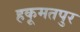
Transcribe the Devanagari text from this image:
हकूमतपुर